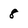
Character: 8